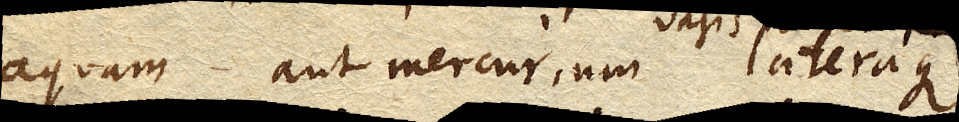
aquae aut Mercurii